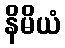
နိမိယံ